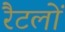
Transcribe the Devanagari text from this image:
रैटलों